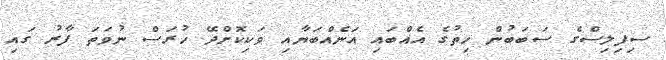
ސިފިލިސްގެ ސަބަބުން ހިތުގެ އެއްބައި އަނެއްބަޔާއި ވަކިކޮށްދޭ ހުރަސް ނުވަތަ ފާރު ގައި